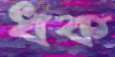
ধক